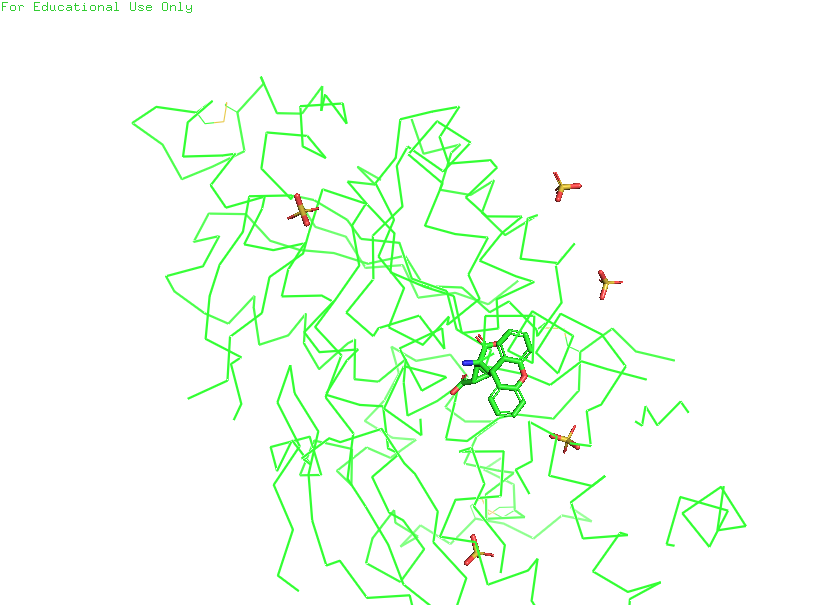
pymol, preset, simple_no_solv